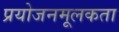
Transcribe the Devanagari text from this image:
प्रयोजनमूलकता